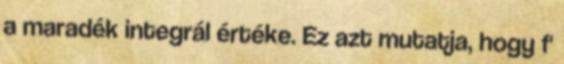
a maradék integrál értéke. Ez azt mutatja, hogy f'